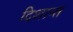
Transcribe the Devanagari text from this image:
दिशान्त